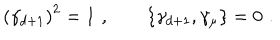
LaTeX: \left( \gamma _ { d + 1 } \right) ^ { 2 } = 1 \, \, , \qquad \left\{ \gamma _ { d + 1 } , \gamma _ { \mu } \right\} = 0 \, \, .